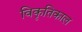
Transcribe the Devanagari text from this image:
विकृतिकाल